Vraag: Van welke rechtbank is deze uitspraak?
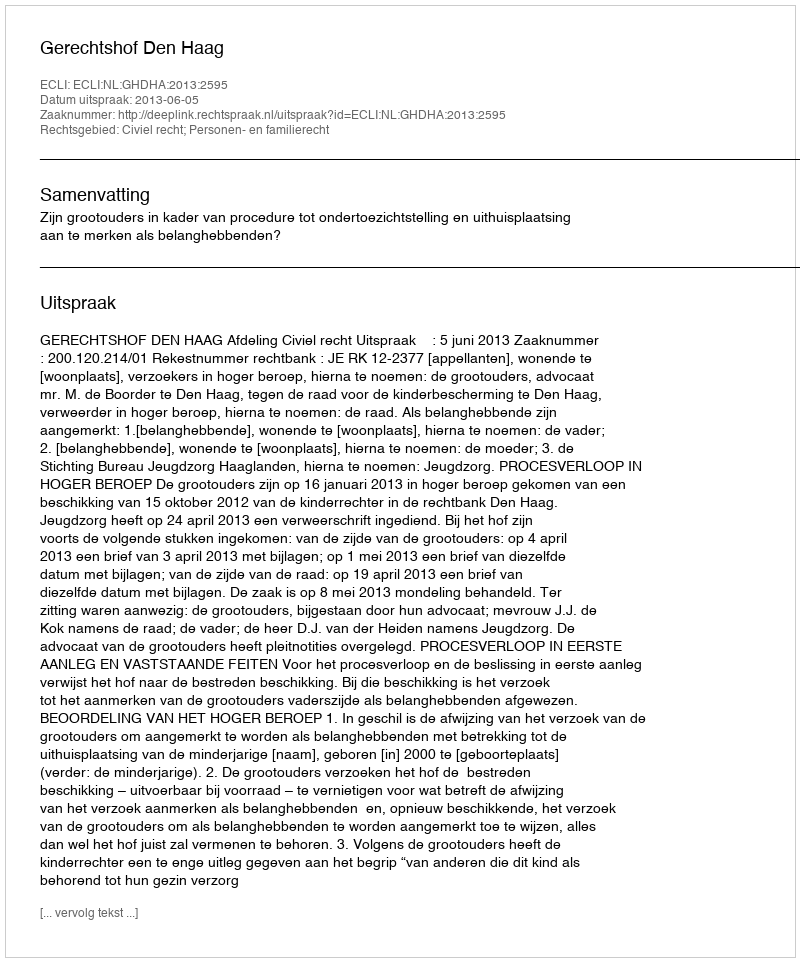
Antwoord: Gerechtshof Den Haag